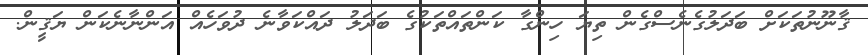
ޤާނޫނުތަކަށް ބަދަލުގެނެސްގެން ތިޔަ ހިންގާ ކަންތައްތަކުގެ ބަދަލު ދައްކަވާނެ ދުވަހެއް އަންނާނެކަން ޔަޤީން.